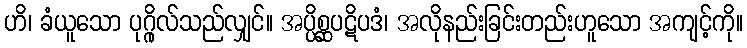
ဟိ၊ ခံယူသော ပုဂ္ဂိုလ်သည်လျှင်။ အပ္ပိစ္ဆပဋိပဒံ၊ အလိုနည်းခြင်းတည်းဟူသော အကျင့်ကို။